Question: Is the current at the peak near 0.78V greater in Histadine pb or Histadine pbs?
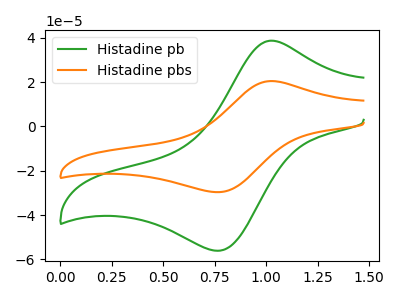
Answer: <think>The green curve "Histadine pb" has an anodic peak at (1.00V, 38.65uA) and a cathodic peak at (0.80V, -56.00uA). The orange curve "Histadine pbs" has an anodic peak at (1.00V, 20.45uA) and a cathodic peak at (0.80V, -29.60uA).</think>
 <answer>The peak at 0.78V is higher in "Histadine pb" than in "Histadine pbs".</answer>
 <eval>higher</eval>